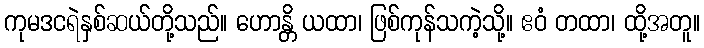
ကုမဒငရဲနှစ်ဆယ်တို့သည်။ ဟောန္တိ ယထာ၊ ဖြစ်ကုန်သကဲ့သို့။ ဧဝံ တထာ၊ ထို့အတူ။